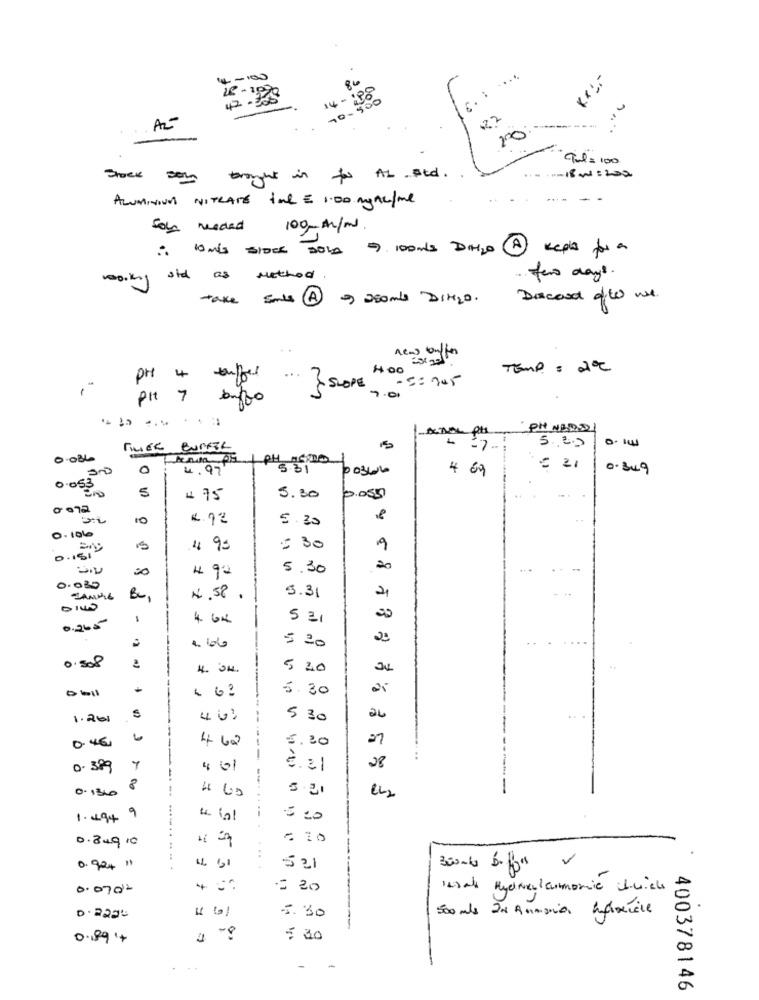
80
42-308
:88
82
AL
200
Tal= 100
Shock son brought in to AL Std .
-18 w = 200
ALUMINIUM NITRATE tal € 1.00 mg AL/ml
-
sol needed
100m/m.
: 10mis SIOCE DOLA 5. 100mls DALO A keplus for a
100.kg
I sid as method.
fors days.
take fonts 4 2 250mls Dire2.
Dacord of to we
TEMP. = 2ºC
PH
...
400
SLOPE - 5 : 45
pit 7
buffo
.......
PH NEDDI
5.25
0.086
0
4.97
4 69
= = 1
0.349
0.05
5
4 75
5.30
0.050
0072
10
4.12
5.30
0 .106
4 95
= 30
9
0 . 151 "
20
4 92
5.30
20
0.030
3.31
JANNIE
4.58 .
4. GR
5 =1
0.265
5 20
0.508
4. 04.
5 20
5.30
1.201
S
5 30
24
0.4€
4.62
5.20
---
28
0. 389
401
è. al
--
0.1300
8
5.21
1.494 9
5 20
0.84910
1º
0. 924 11
521
0.0702
= 20
-
5. 30
D.2225
500 mls IN Ammonia Influisce
-
0.89+
5 30
-
-
400378146